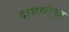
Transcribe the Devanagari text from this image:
दाशख़ोवुज़